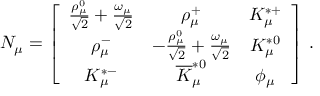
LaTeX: N _ { \mu } = \left[ \begin{array} { c c c } { { { \frac { \rho _ { \mu } ^ { 0 } } { \sqrt { 2 } } } + { \frac { \omega _ { \mu } } { \sqrt { 2 } } } } } & { { \rho _ { \mu } ^ { + } } } & { { K _ { \mu } ^ { * + } } } \\ { { \rho _ { \mu } ^ { - } } } & { { - { \frac { \rho _ { \mu } ^ { 0 } } { \sqrt { 2 } } } + { \frac { \omega _ { \mu } } { \sqrt { 2 } } } } } & { { K _ { \mu } ^ { * 0 } } } \\ { { K _ { \mu } ^ { * - } } } & { { \overline { { K } } _ { \mu } ^ { * 0 } } } & { { \phi _ { \mu } } } \end{array} \right] \, .